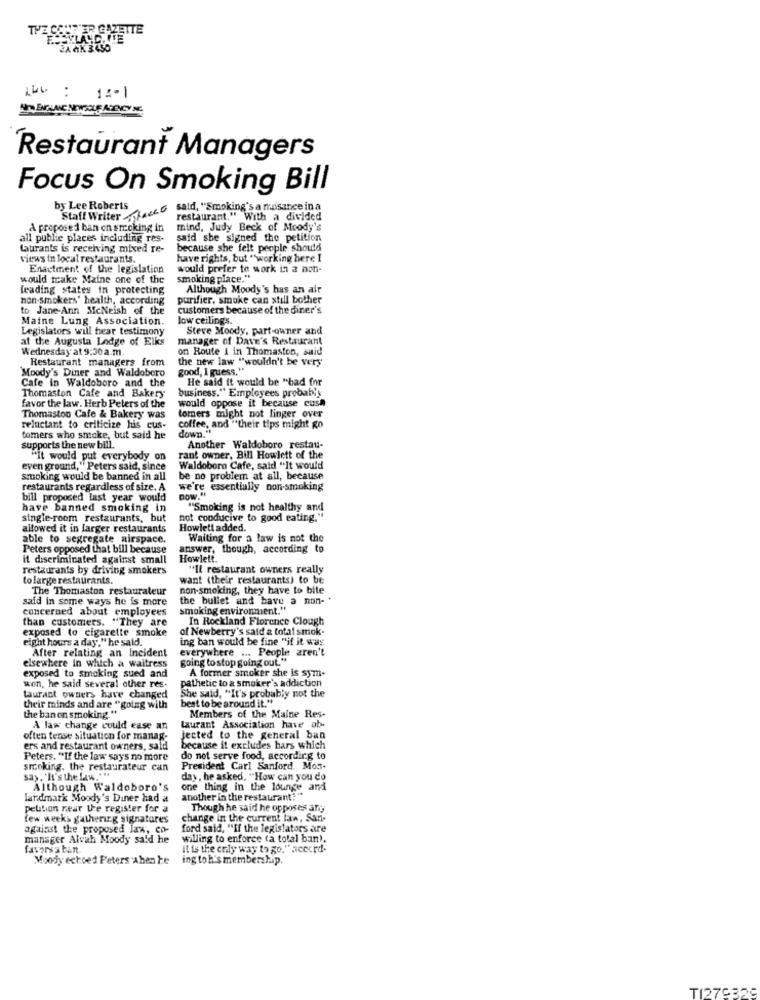
THE CONFIER GAZETTE
BA AK 3450
15-1
Restaurant Managers
Focus On Smoking Bill
by Lee Roberts
said, "Smoking's a nuisance in a
Staff Writer-Facto
restaurant." With a divided
A proposed ban on smoking in
mind, Judy Beck of Moody's
all public places including res-
said she signed the petition
Laurants is receiving mixed re-
because she felt people should
views in local restaurants.
have rights, but "working here I
Enactment of the legislation
would prefer to work in a non-
would make Maine one of the
smoking place."
leading states in protecting
Although Moody's has an air
non-smokers' health, according
purifier, smoke can still bother
to Jane-Ann MicNeish of the
customers because of the diner's
Maine Lung Association.
low ceilings.
Legislators will hear testimony
Steve Moody, part-owner and
at the Augusta Lodge of Elks
manager of Dave's Restaurant
Wednesday at 9:30 a.m.
on Route i in Thomaston, said
Restaurant managers from
the new law "wouldn't be very
Moody's Diner and Waldobero
good, I guess, "
Cafe in Waldoboro and the
He said it would be "bad for
Thomaston Cafe and Bakery
business." Employees probably
would oppose it because cush
favor the law. Herb Peters of the
Thomastoo Cafe & Bakery was
tomers might not linger over
reluctant to criticize his cus-
coffee, and "their tips might go
down."
tomers who snake, but said he
supports the new bill.
Another Waldoboro restau-
"It would put everybody on
rant owner, Bill Howlett of the
even ground," Peters said, since
Waldoboro Cafe, said "It would
smoking would be banned in all
be no problem at all, because
restaurants regardless of size. A
we're essentially non-smoking
bill proposed last year would
now."
have banned smoking in
"Smoking is not healthy and
single-room restaurants, but
not conducive to good eating."
altowed it in larger restaurants
Howlett added.
able to segregate airspace.
Waiting for a law is not the
Peters opposed that bill because
answer, though, according to
it discriminated against small
Howlett.
restaurants by driving smokers
"Il restaurant owners really
to large restaurants.
want (their restaurants) to be
The Thomaston restaurateur
non-smoking, they have to bite
said in some ways he is more
the bullet and have a non-
concerned about employees
smoking environment."
than customers. "They are
In Rockland Florence Clough
exposed to cigarette smoke
of Newberry's said a total smok-
eight hours a day." he said.
ing ban would be fine "if it was
After relating an Incident
everywhere ... People aren't
going to stop going out."
elsewhere in which a waitress
A former smoker she is sym-
exposed to smoking sued and
pathetic to a smoker's addiction
won, he said several other res-
taurant owners have changed
She said, "It's probably not the
best to be around it."
their minds and are "going with
the ban on smoking "
Members of the Maine Res-
A law change could ease an
laurant Association have ob-
often tense situation for manag.
jected to the general ban
ers and restaurant owners, sald
because it excludes bars which
Peters. "If the law says no more
do not serve food, according to
smoking. the restaurateur can
President Carl Sanford. Mon-
sa). "It's the law.""
day, he asked. "How can you do
Although Waldoboro's
one thing in the lounge and
landmark Moody's Diner had a
another in the restaurant?"
petition near the register for a
Though he said he opposes any
few weeks gathering signatures
change in the current law, Sari-
against the proposed law, co-
ford said, "If the legislators are
mansger Alvah Moody sald he
willing to enforce (a total ban).
favorya tun.
Il is the only way to go." accord.
Moody echoed Peters aben te
ing to h's membership.
TI279329